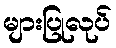
များပြုလုပ်